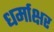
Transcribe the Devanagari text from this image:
धर्माक्षर